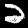
Digit: 2